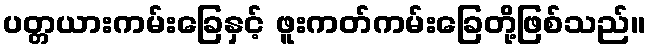
ပတ္တယားကမ်းခြေနှင့် ဖူးကတ်ကမ်းခြေတို့ဖြစ်သည်။